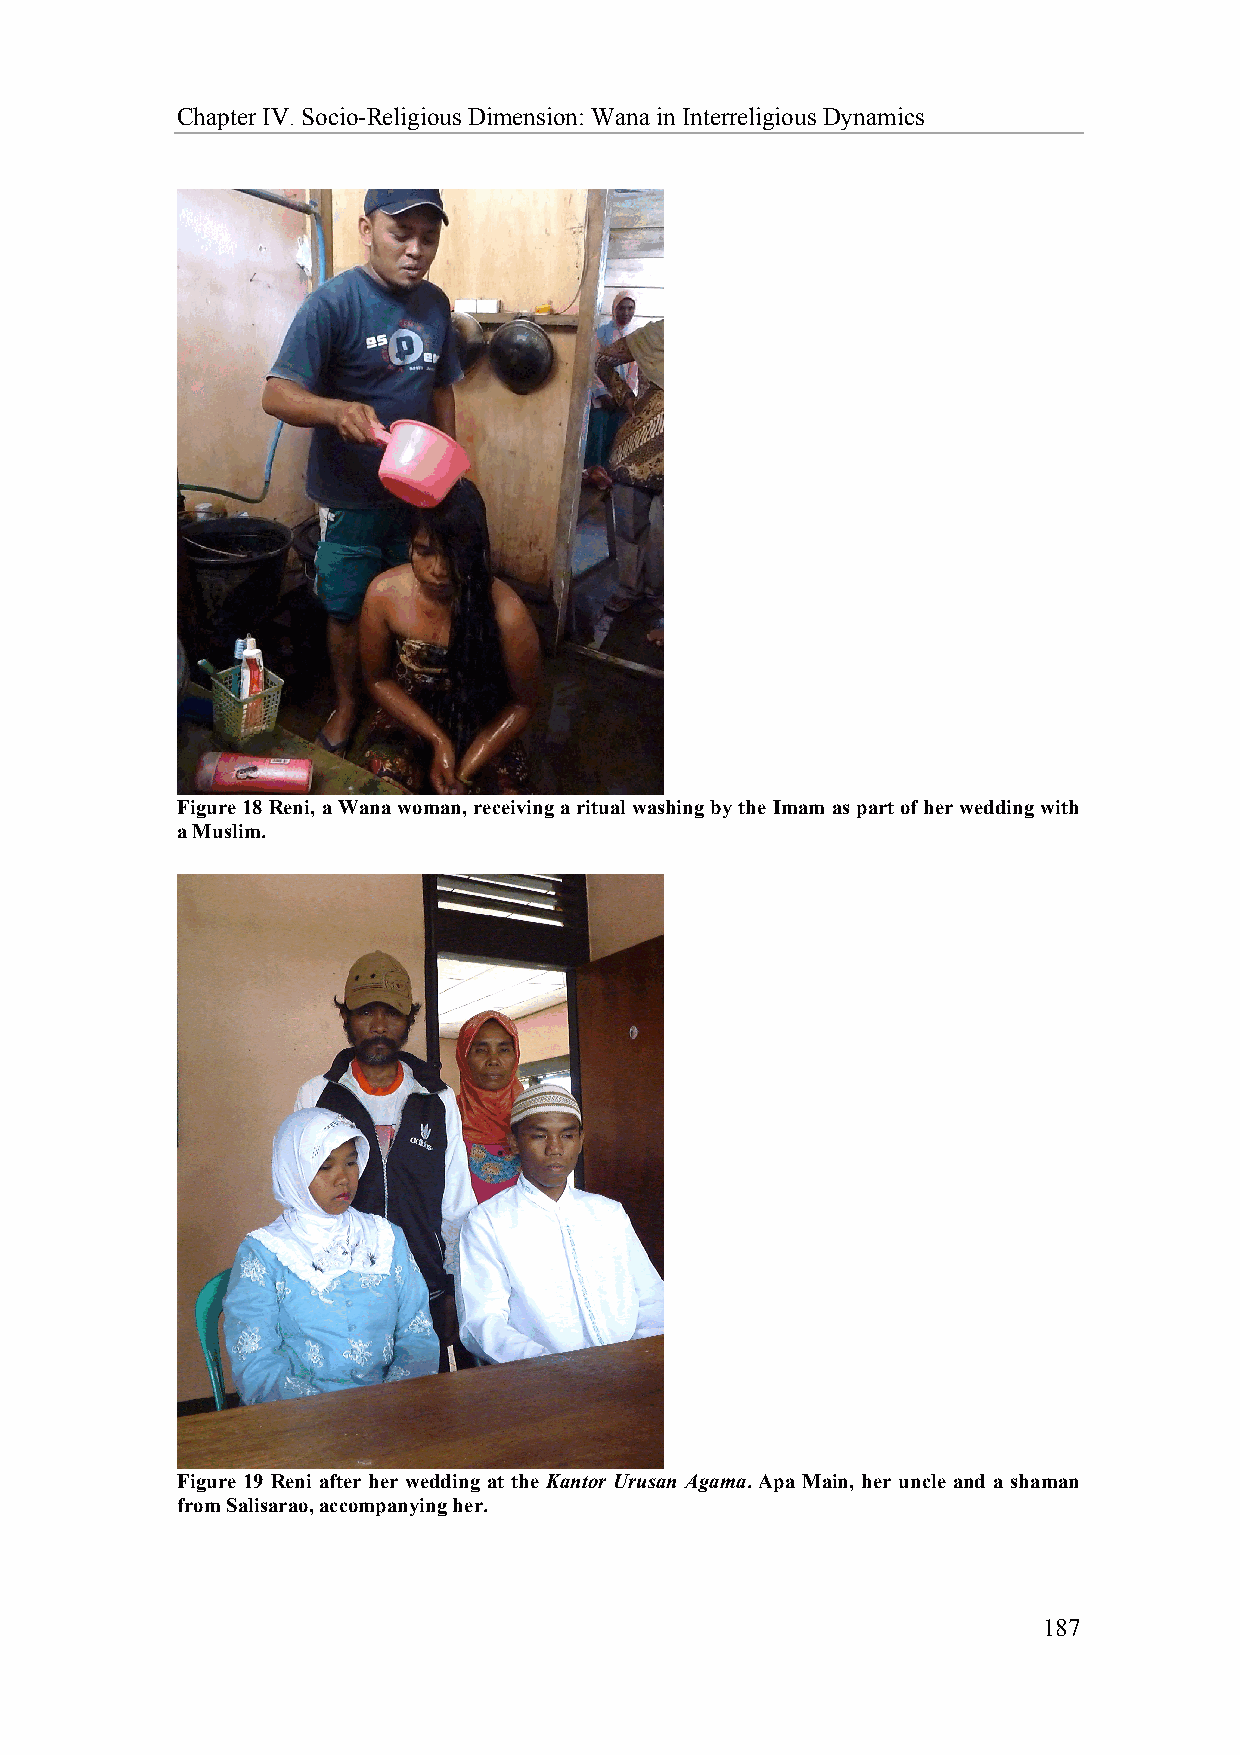
Chapter IV. Socio-Religious Dimension: Wana in Interreligious Dynamics
 Figure 18 Reni, a Wana woman, receiving a ritual washing by the Imam as part of her wedding with
 a Muslim.
 Figure 19 Reni after her wedding at the Kantor Urusan Agama. Apa Main, her uncle and a shaman
 from Salisarao, accompanying her.
 187